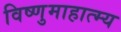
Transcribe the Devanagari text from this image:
विष्णुमाहात्म्य